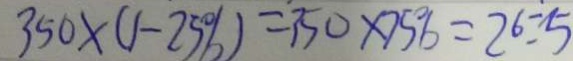
3 5 0 \times ( 1 - 2 5 \% ) = 3 5 0 \times 7 5 \% = 2 ^ { 6 } = 5